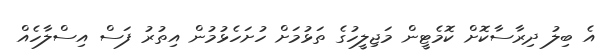
އެ ބިލު ދިރާސާކޮށް ކޮމެޓީން މަޖިލީހުގެ ތަޅުމަށް ހުށަހެޅުމުން އިތުރު ފަސް އިސްލާހެއް